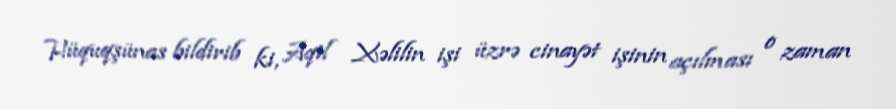
Hüquqşünas bildirib ki, Aqil Xəlilin işi üzrə cinayət işinin açılması o zaman